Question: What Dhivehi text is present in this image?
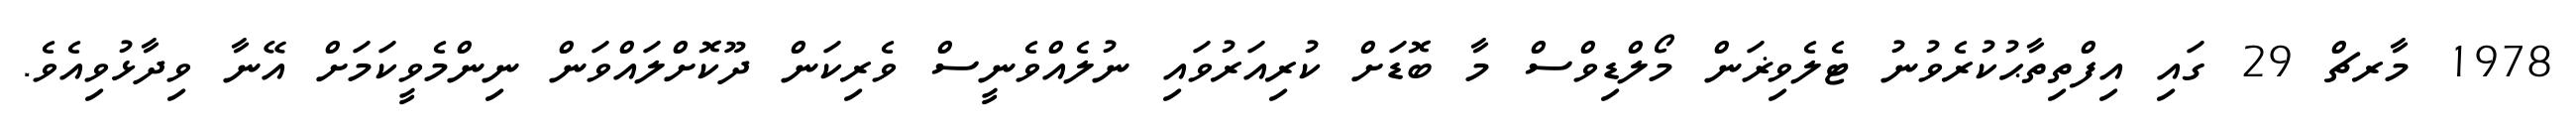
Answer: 1978 މާރޗް 29 ގައި އިފްތިތާޙުކުރެވުނު ޓެލެވިޜަން މޯލްޑިވްސް މާ ބޮޑަށް ކުރިއަރުވައި ނުލެއްވެނީސް ވެރިކަން ދޫކޮށްލައްވަން ނިންމެވީކަމަށް އޭނާ ވިދާޅުވިއެވެ.